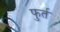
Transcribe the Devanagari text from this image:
फुर्त